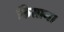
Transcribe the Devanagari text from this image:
किसान।